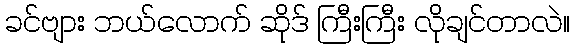
ခင်ဗျား ဘယ်လောက် ဆိုဒ် ကြီးကြီး လိုချင်တာလဲ။